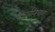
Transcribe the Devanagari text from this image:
सौंदर्यविधान